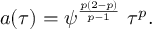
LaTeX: a ( \tau ) = \psi ^ { \frac { p ( 2 - p ) } { p - 1 } } \ \tau ^ { p } .